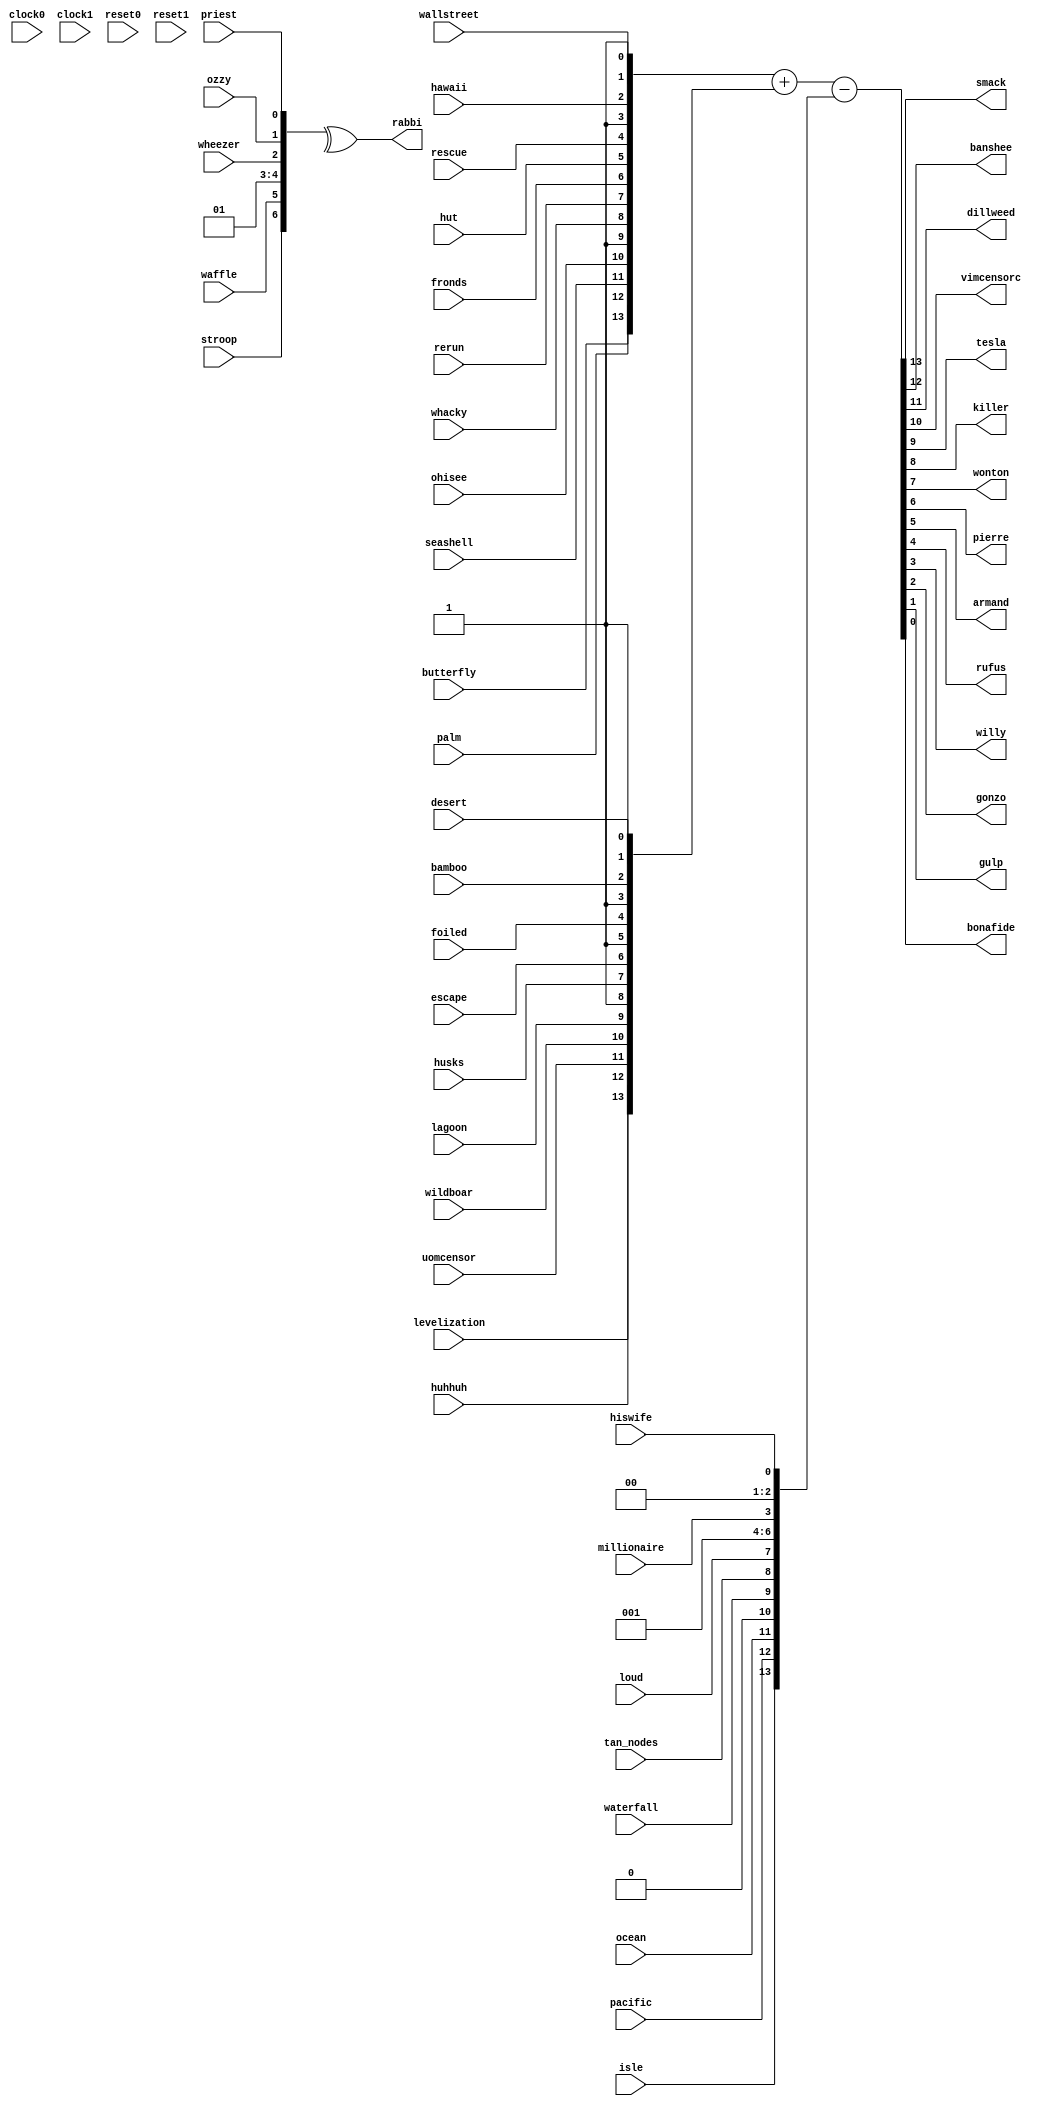
/////////////////////////////////////////////////////////////////
// Altera Corporation
//
// File - nut_002_rarest.v
// 34 inputs 15 outputs
//
//
/////////////////////////////////////////////////////////////////
module nut_002_rarest (
// inputs
 butterfly, palm, seashell, ohisee, whacky, rerun,
      fronds, hut, rescue, hawaii, wallstreet, levelization,
      huhhuh, uomcensor, wildboar, lagoon, husks, escape,
      foiled, bamboo, desert, isle, pacific, ocean,
      waterfall, tan_nodes, loud, millionaire, hiswife, stroop,
      waffle, wheezer, ozzy, priest,

     // outputs
 smack, banshee, dillweed, vimcensorc, tesla, killer,
      wonton, pierre, armand, rufus, willy, gonzo,
      gulp, bonafide, rabbi,

     // tristate outputs


     clock0, clock1, reset0, reset1
);
  input butterfly;
  input palm;
  input seashell;
  input ohisee;
  input whacky;
  input rerun;
  input fronds;
  input hut;
  input rescue;
  input hawaii;
  input wallstreet;
  input levelization;
  input huhhuh;
  input uomcensor;
  input wildboar;
  input lagoon;
  input husks;
  input escape;
  input foiled;
  input bamboo;
  input desert;
  input isle;
  input pacific;
  input ocean;
  input waterfall;
  input tan_nodes;
  input loud;
  input millionaire;
  input hiswife;
  input stroop;
  input waffle;
  input wheezer;
  input ozzy;
  input priest;
  input clock0, clock1, reset0, reset1;

  output smack;
  output banshee;
  output dillweed;
  output vimcensorc;
  output tesla;
  output killer;
  output wonton;
  output pierre;
  output armand;
  output rufus;
  output willy;
  output gonzo;
  output gulp;
  output bonafide;
  output rabbi;

//tristate outs


//constants
  wire vcc;
  wire gnd;
  assign vcc = 1'b1;
  assign gnd = 1'b0;



  reg smack;
  reg banshee;
  reg dillweed;
  reg vimcensorc;
  reg tesla;
  reg killer;
  reg wonton;
  reg pierre;
  reg armand;
  reg rufus;
  reg willy;
  reg gonzo;
  reg gulp;
  reg bonafide;
  reg rabbi;


// Triple add / sub bait
always @(butterfly or palm or seashell or ohisee or vcc or whacky or rerun or fronds or hut or rescue or vcc or hawaii or vcc or wallstreet or
         levelization or huhhuh or uomcensor or wildboar or lagoon or vcc or husks or escape or vcc or foiled or vcc or bamboo or vcc or desert or
         isle or pacific or ocean or gnd or waterfall or tan_nodes or loud or gnd or gnd or vcc or millionaire or gnd or gnd or hiswife)
  begin
    {smack,banshee,dillweed,vimcensorc,tesla,killer,wonton,pierre,armand,rufus,willy,gonzo,gulp,bonafide} = 
        {butterfly,palm,seashell,ohisee,vcc,whacky,rerun,fronds,hut,rescue,vcc,hawaii,vcc,wallstreet} +
        {levelization,huhhuh,uomcensor,wildboar,lagoon,vcc,husks,escape,vcc,foiled,vcc,bamboo,vcc,desert} -
        {isle,pacific,ocean,gnd,waterfall,tan_nodes,loud,gnd,gnd,vcc,millionaire,gnd,gnd,hiswife};
  end

// XOR all of these bits together
always @(stroop or waffle or gnd or vcc or wheezer or ozzy or priest)
  begin
      rabbi = ^ {stroop,waffle,gnd,vcc,wheezer,ozzy,priest};
  end


endmodule